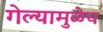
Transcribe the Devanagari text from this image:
गेल्यामुळेच